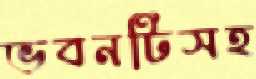
ভবনটিসহ